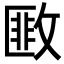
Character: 𢾺